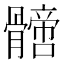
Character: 𩪙